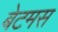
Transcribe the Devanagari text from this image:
बेटमस